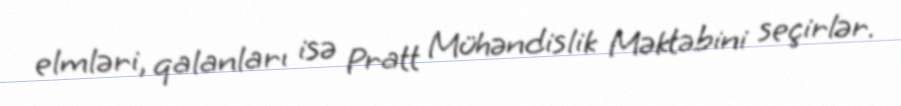
elmləri, qalanları isə Pratt Mühəndislik Məktəbini seçirlər.